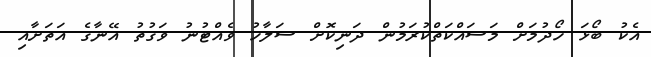
އެކު ބޯޅަ ހޯދުމަށް މަސައްކަތްކުރަމުން ދަނިކޮށް ސަލާހު ވެއްޓުނު ވަގުތު އޭނާގެ އަތަށާއި